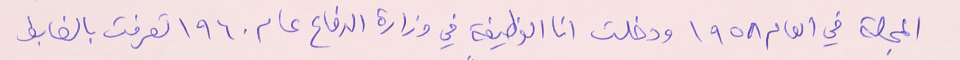
المجلة في العام ١٩٥٨ ودخلت انا الوظيفة في وزارة الدفاع عام ١٩٦٠ تعرفت بالضابط